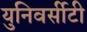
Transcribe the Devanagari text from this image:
युनिवर्सीटी